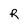
Character: R